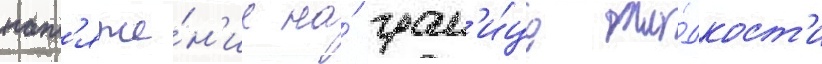
нат'яже́н'ие на́ гран'и́це жи́дкост'и